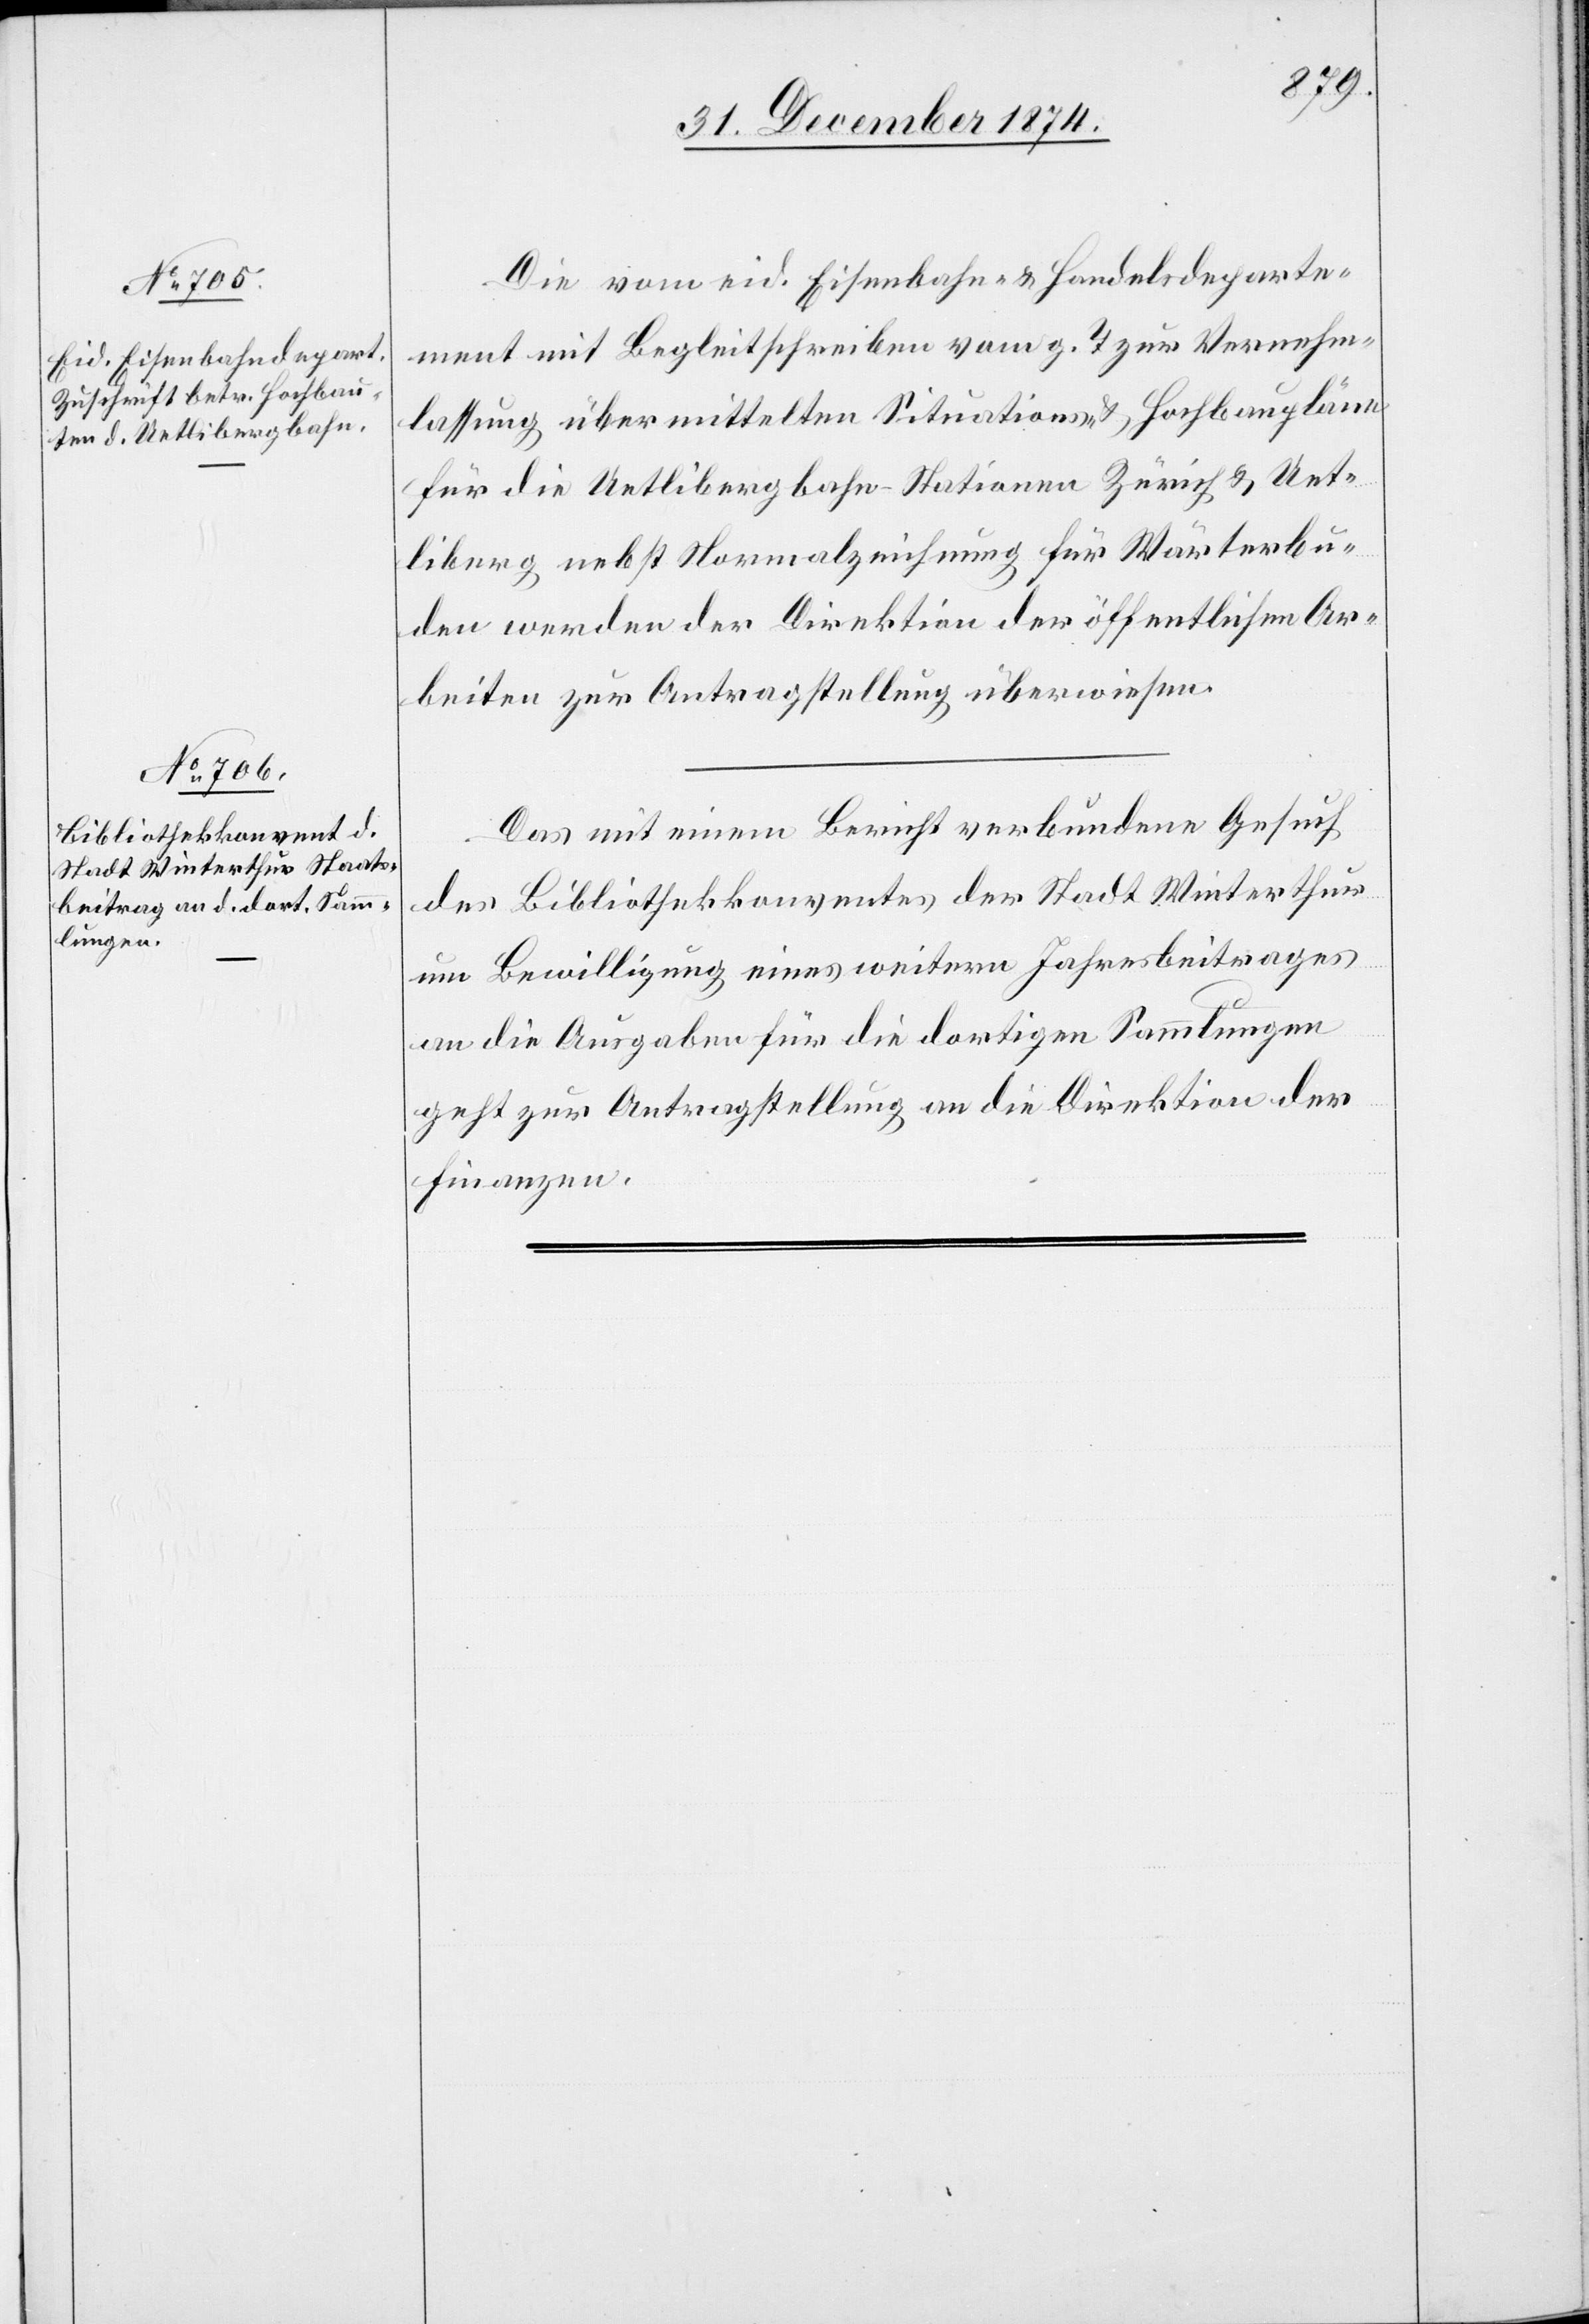
1875.]
Die vom eid. Eisenbahn- & Handelsdeparte¬
ment mit Begleitschreiben vom g. T. zur Vernehm¬
lassung übermittelten Situations- & Hochbaupläne
für die Uetlibergbahn-Stationen Zürich & Uet¬
liberg nebst Normalzeichnung für Wärterbu¬
den werden der Direktion der öffentlichen Ar¬
beiten zur Antragstellung überwiesen.
Das mit einem Bericht verbundene Gesuch
des Bibliothekkonventes der Stadt Winterthur
um Bewilligung eines weitern Jahresbeitrages
an die Ausgaben für die dortigen Sammlungen
geht zur Antragstellung an die Direktion der
Finanzen.